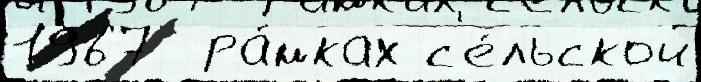
1967  ра́мках с'е́льской